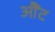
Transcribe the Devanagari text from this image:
औंट